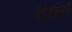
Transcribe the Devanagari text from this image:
नेदुंबस्सरी